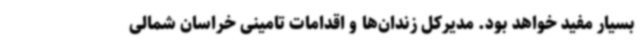
بسیار مفید خواهد بود. مدیرکل زندان‌ها و اقدامات تامینی خراسان شمالی